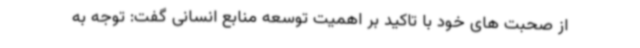
از صحبت های خود با تاکید بر اهمیت توسعه منابع انسانی گفت: توجه به